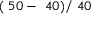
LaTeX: ( \ 5 0 - \ 4 0 ) / \ 4 0